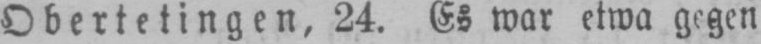
Obertetingen, 24. Es war etwa gegen